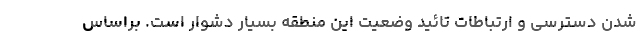
شدن دسترسی و ارتباطات تائید وضعیت این منطقه بسیار دشوار است. براساس